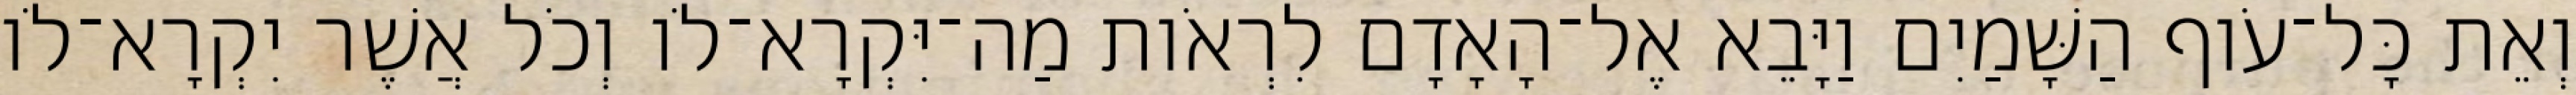
וְאֵת כָּל־עֹוף הַשָּׁמַיִם וַיָּבֵא אֶל־הָאָדָם לִרְאֹות מַה־יִּקְרָא־לֹו וְכֹל אֲשֶׁר יִקְרָא־לֹו